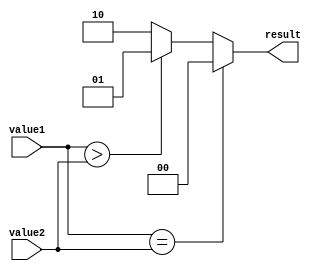
module comparator(
    input [31:0] value1,
    input [31:0] value2,
    output reg [1:0] result
);

always @* begin
    if(value1 == value2) begin
        result = 2'b00; // Equal
    end else if(value1 > value2) begin
        result = 2'b01; // Greater than
    end else begin
        result = 2'b10; // Less than
    end
end

endmodule